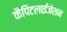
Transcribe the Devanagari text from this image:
कैपिटलाईजेशन